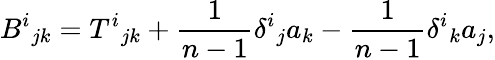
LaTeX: B^{i}{}_{jk}=T^{i}{}_{jk}+{\frac{1}{n-1}}\delta^{i}{}_{j}a_{k}-{\frac{1}{n-1}}\delta^{i}{}_{k}a_{j},